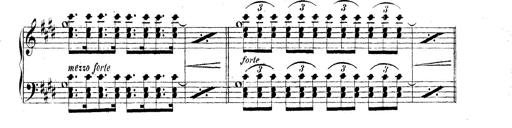
Title: Technische Studien
Composer: Franz Liszt